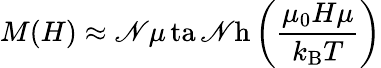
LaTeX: M(H)\approx\mathscr{N}\mu\operatorname{ta\mathscr{N}h}\left({\frac{{\mu_{0}H\mu}}{{k_{\mathrm{{B}}}T}}}\right)